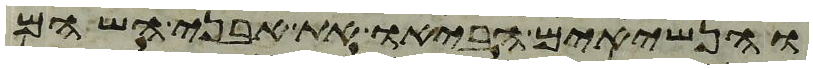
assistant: והנשיאים הביאו את אבני השהם